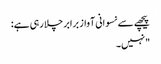
پیچھے سے نسوانی آواز برابر چلا رہی ہے:
"نہیں۔